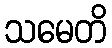
သမေတိ